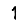
Digit: 1